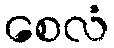
စေလံ